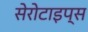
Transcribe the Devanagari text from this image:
सेरोटाइप्स